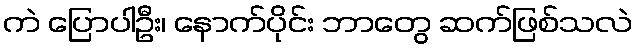
ကဲ ပြောပါဦး၊ နောက်ပိုင်း ဘာတွေ ဆက်ဖြစ်သလဲ